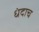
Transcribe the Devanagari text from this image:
धंदाच